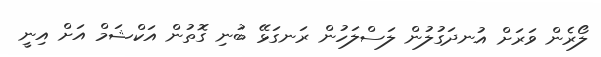
ލޯރެން ވަރަށް އުނދަގުލުން ލަސްލަހުން ރަނގަޅޭ ބުނި ގޮތުން އަކްޝަމް އަށް އިނީ